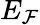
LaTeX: E_{\mathcal{F}}